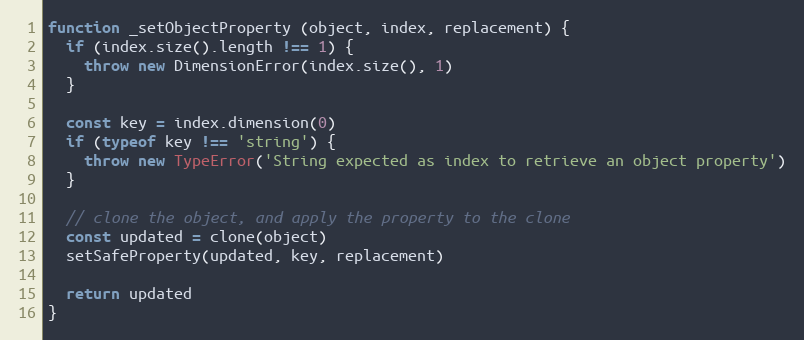
Language: JavaScript
function _setObjectProperty (object, index, replacement) {
  if (index.size().length !== 1) {
    throw new DimensionError(index.size(), 1)
  }

  const key = index.dimension(0)
  if (typeof key !== 'string') {
    throw new TypeError('String expected as index to retrieve an object property')
  }

  // clone the object, and apply the property to the clone
  const updated = clone(object)
  setSafeProperty(updated, key, replacement)

  return updated
}